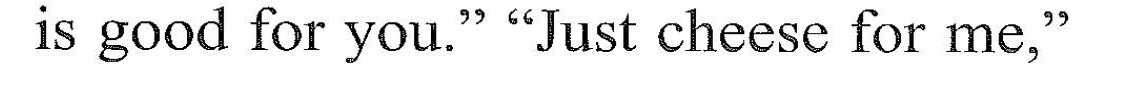
is good for you," "Just cheesn for me"